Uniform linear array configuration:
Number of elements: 8
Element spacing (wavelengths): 0.75
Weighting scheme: cosine
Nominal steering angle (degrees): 0
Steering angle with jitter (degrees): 1.962
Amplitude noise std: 0.05
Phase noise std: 0.05

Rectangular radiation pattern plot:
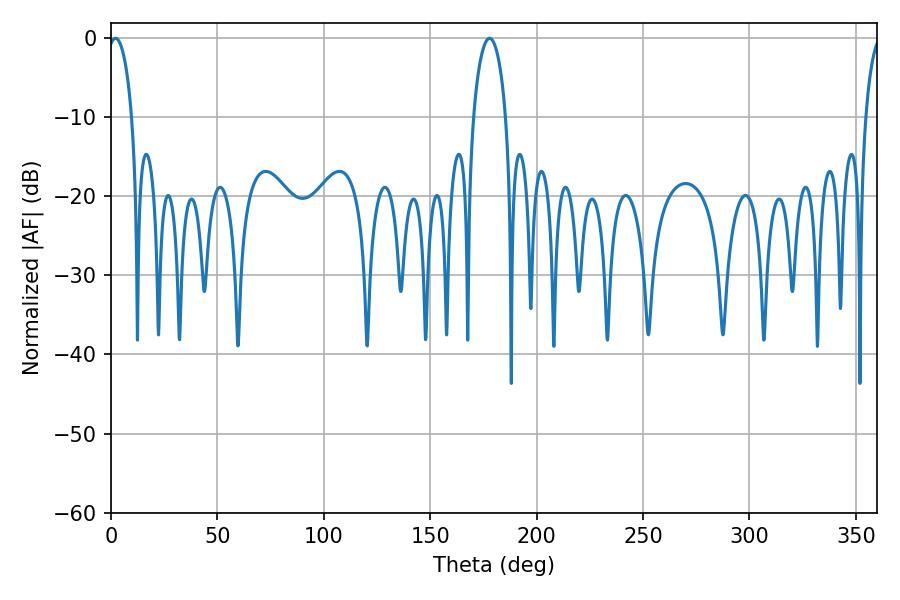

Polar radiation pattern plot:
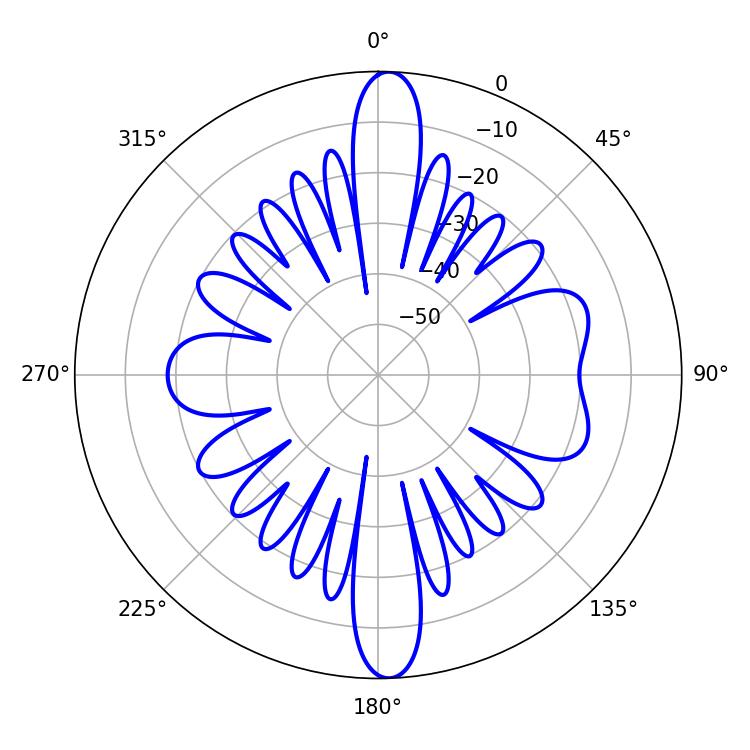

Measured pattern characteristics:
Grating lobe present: TRUE
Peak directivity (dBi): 20.455
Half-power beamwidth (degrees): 6.48
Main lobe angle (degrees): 2.16